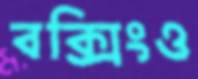
বক্সিংও